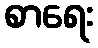
စာရေး